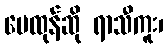
မေထုန်ဆို ရာသီကူး၊